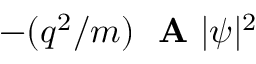
- ( q ^ { 2 } / m ) \mathrm { ~ \bf ~ A ~ } | \psi | ^ { 2 }